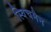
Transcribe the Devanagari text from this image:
स्विचमैन